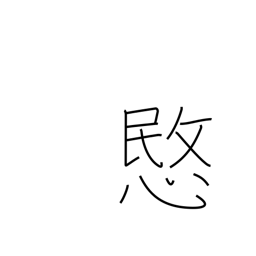
Meaning: pity